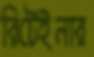
রিটেইনার